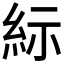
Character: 𱹯